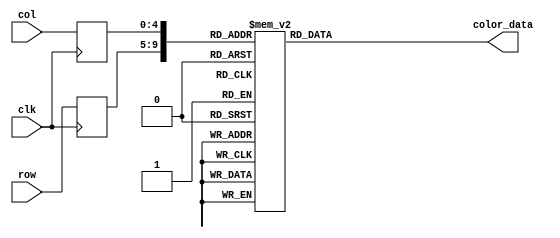
module frog_left_rom
	(
		input wire clk,
		input wire [4:0] row,
		input wire [4:0] col,
		output reg [11:0] color_data
	);

	(* rom_style = "block" *)

	//signal declaration
	reg [4:0] row_reg;
	reg [4:0] col_reg;

	always @(posedge clk)
		begin
		row_reg <= row;
		col_reg <= col;
		end

	always @*
	case ({row_reg, col_reg})
		10'b0000000000: color_data = 12'b111111111111;
		10'b0000000001: color_data = 12'b111111111111;
		10'b0000000010: color_data = 12'b111111111111;
		10'b0000000011: color_data = 12'b111111111111;
		10'b0000000100: color_data = 12'b111111111111;
		10'b0000000101: color_data = 12'b000111110000;
		10'b0000000110: color_data = 12'b000111110000;
		10'b0000000111: color_data = 12'b111111111111;
		10'b0000001000: color_data = 12'b111111111111;
		10'b0000001001: color_data = 12'b111111111111;
		10'b0000001010: color_data = 12'b111111111111;
		10'b0000001011: color_data = 12'b111111111111;
		10'b0000001100: color_data = 12'b111111111111;
		10'b0000001101: color_data = 12'b111111111111;
		10'b0000001110: color_data = 12'b111111111111;
		10'b0000001111: color_data = 12'b111111111111;
		10'b0000010000: color_data = 12'b111111111111;
		10'b0000010001: color_data = 12'b111111111111;
		10'b0000010010: color_data = 12'b111111111111;
		10'b0000010011: color_data = 12'b111111111111;
		10'b0000010100: color_data = 12'b111111111111;
		10'b0000010101: color_data = 12'b000111110000;
		10'b0000010110: color_data = 12'b000111110000;
		10'b0000010111: color_data = 12'b111111111111;
		10'b0000011000: color_data = 12'b111111111111;
		10'b0000011001: color_data = 12'b111111111111;
		10'b0000011010: color_data = 12'b111111111111;
		10'b0000011011: color_data = 12'b111111111111;

		10'b0000100000: color_data = 12'b111111111111;
		10'b0000100001: color_data = 12'b111111111111;
		10'b0000100010: color_data = 12'b111111111111;
		10'b0000100011: color_data = 12'b111111111111;
		10'b0000100100: color_data = 12'b000111110000;
		10'b0000100101: color_data = 12'b000111110000;
		10'b0000100110: color_data = 12'b000111110000;
		10'b0000100111: color_data = 12'b000111110000;
		10'b0000101000: color_data = 12'b111111111111;
		10'b0000101001: color_data = 12'b111111111111;
		10'b0000101010: color_data = 12'b111111111111;
		10'b0000101011: color_data = 12'b111111111111;
		10'b0000101100: color_data = 12'b111111111111;
		10'b0000101101: color_data = 12'b111111111111;
		10'b0000101110: color_data = 12'b111111111111;
		10'b0000101111: color_data = 12'b111111111111;
		10'b0000110000: color_data = 12'b111111111111;
		10'b0000110001: color_data = 12'b111111111111;
		10'b0000110010: color_data = 12'b111111111111;
		10'b0000110011: color_data = 12'b111111111111;
		10'b0000110100: color_data = 12'b000111110000;
		10'b0000110101: color_data = 12'b000111110000;
		10'b0000110110: color_data = 12'b000111110000;
		10'b0000110111: color_data = 12'b000111110000;
		10'b0000111000: color_data = 12'b111111111111;
		10'b0000111001: color_data = 12'b111111111111;
		10'b0000111010: color_data = 12'b111111111111;
		10'b0000111011: color_data = 12'b111111111111;

		10'b0001000000: color_data = 12'b111111111111;
		10'b0001000001: color_data = 12'b111111111111;
		10'b0001000010: color_data = 12'b111111111111;
		10'b0001000011: color_data = 12'b111111111111;
		10'b0001000100: color_data = 12'b000111110000;
		10'b0001000101: color_data = 12'b000111110000;
		10'b0001000110: color_data = 12'b000111110000;
		10'b0001000111: color_data = 12'b000111110000;
		10'b0001001000: color_data = 12'b111111111111;
		10'b0001001001: color_data = 12'b111111111111;
		10'b0001001010: color_data = 12'b111111111111;
		10'b0001001011: color_data = 12'b111111111111;
		10'b0001001100: color_data = 12'b111111111111;
		10'b0001001101: color_data = 12'b111111111111;
		10'b0001001110: color_data = 12'b111111111111;
		10'b0001001111: color_data = 12'b111111111111;
		10'b0001010000: color_data = 12'b111111111111;
		10'b0001010001: color_data = 12'b111111111111;
		10'b0001010010: color_data = 12'b111111111111;
		10'b0001010011: color_data = 12'b111111111111;
		10'b0001010100: color_data = 12'b000111110000;
		10'b0001010101: color_data = 12'b000111110000;
		10'b0001010110: color_data = 12'b000111110000;
		10'b0001010111: color_data = 12'b000111110000;
		10'b0001011000: color_data = 12'b111111111111;
		10'b0001011001: color_data = 12'b111111111111;
		10'b0001011010: color_data = 12'b111111111111;
		10'b0001011011: color_data = 12'b111111111111;

		10'b0001100000: color_data = 12'b111111111111;
		10'b0001100001: color_data = 12'b000111110000;
		10'b0001100010: color_data = 12'b000111110000;
		10'b0001100011: color_data = 12'b000111110000;
		10'b0001100100: color_data = 12'b000111110000;
		10'b0001100101: color_data = 12'b000111110000;
		10'b0001100110: color_data = 12'b000111110000;
		10'b0001100111: color_data = 12'b000111110000;
		10'b0001101000: color_data = 12'b000111110000;
		10'b0001101001: color_data = 12'b000111110000;
		10'b0001101010: color_data = 12'b000111110000;
		10'b0001101011: color_data = 12'b111111111111;
		10'b0001101100: color_data = 12'b111111111111;
		10'b0001101101: color_data = 12'b111111111111;
		10'b0001101110: color_data = 12'b111111111111;
		10'b0001101111: color_data = 12'b111111111111;
		10'b0001110000: color_data = 12'b111111111111;
		10'b0001110001: color_data = 12'b000111110000;
		10'b0001110010: color_data = 12'b000111110000;
		10'b0001110011: color_data = 12'b000111110000;
		10'b0001110100: color_data = 12'b000111110000;
		10'b0001110101: color_data = 12'b000111110000;
		10'b0001110110: color_data = 12'b000111110000;
		10'b0001110111: color_data = 12'b000111110000;
		10'b0001111000: color_data = 12'b000111110000;
		10'b0001111001: color_data = 12'b000111110000;
		10'b0001111010: color_data = 12'b000111110000;
		10'b0001111011: color_data = 12'b111111111111;

		10'b0010000000: color_data = 12'b000111110000;
		10'b0010000001: color_data = 12'b000111110000;
		10'b0010000010: color_data = 12'b000111110000;
		10'b0010000011: color_data = 12'b000111110000;
		10'b0010000100: color_data = 12'b000111110000;
		10'b0010000101: color_data = 12'b000111110000;
		10'b0010000110: color_data = 12'b000111110000;
		10'b0010000111: color_data = 12'b000111110000;
		10'b0010001000: color_data = 12'b000111110000;
		10'b0010001001: color_data = 12'b000111110000;
		10'b0010001010: color_data = 12'b000111110000;
		10'b0010001011: color_data = 12'b000111110000;
		10'b0010001100: color_data = 12'b111111111111;
		10'b0010001101: color_data = 12'b111111111111;
		10'b0010001110: color_data = 12'b111111111111;
		10'b0010001111: color_data = 12'b111111111111;
		10'b0010010000: color_data = 12'b000111110000;
		10'b0010010001: color_data = 12'b000111110000;
		10'b0010010010: color_data = 12'b000111110000;
		10'b0010010011: color_data = 12'b000111110000;
		10'b0010010100: color_data = 12'b000111110000;
		10'b0010010101: color_data = 12'b000111110000;
		10'b0010010110: color_data = 12'b000111110000;
		10'b0010010111: color_data = 12'b000111110000;
		10'b0010011000: color_data = 12'b000111110000;
		10'b0010011001: color_data = 12'b000111110000;
		10'b0010011010: color_data = 12'b000111110000;
		10'b0010011011: color_data = 12'b000111110000;

		10'b0010100000: color_data = 12'b111111111111;
		10'b0010100001: color_data = 12'b000111110000;
		10'b0010100010: color_data = 12'b000111110000;
		10'b0010100011: color_data = 12'b000111110000;
		10'b0010100100: color_data = 12'b000111110000;
		10'b0010100101: color_data = 12'b000111110000;
		10'b0010100110: color_data = 12'b000111110000;
		10'b0010100111: color_data = 12'b000111110000;
		10'b0010101000: color_data = 12'b000111110000;
		10'b0010101001: color_data = 12'b000111110000;
		10'b0010101010: color_data = 12'b000111110000;
		10'b0010101011: color_data = 12'b000111110000;
		10'b0010101100: color_data = 12'b111111111111;
		10'b0010101101: color_data = 12'b111111111111;
		10'b0010101110: color_data = 12'b111111111111;
		10'b0010101111: color_data = 12'b111111111111;
		10'b0010110000: color_data = 12'b000111110000;
		10'b0010110001: color_data = 12'b000111110000;
		10'b0010110010: color_data = 12'b000111110000;
		10'b0010110011: color_data = 12'b000111110000;
		10'b0010110100: color_data = 12'b000111110000;
		10'b0010110101: color_data = 12'b000111110000;
		10'b0010110110: color_data = 12'b000111110000;
		10'b0010110111: color_data = 12'b000111110000;
		10'b0010111000: color_data = 12'b000111110000;
		10'b0010111001: color_data = 12'b000111110000;
		10'b0010111010: color_data = 12'b000111110000;
		10'b0010111011: color_data = 12'b111111111111;

		10'b0011000000: color_data = 12'b111111111111;
		10'b0011000001: color_data = 12'b111111111111;
		10'b0011000010: color_data = 12'b111111111111;
		10'b0011000011: color_data = 12'b111111111111;
		10'b0011000100: color_data = 12'b111111111111;
		10'b0011000101: color_data = 12'b111111111111;
		10'b0011000110: color_data = 12'b111111111111;
		10'b0011000111: color_data = 12'b111111111111;
		10'b0011001000: color_data = 12'b111111111111;
		10'b0011001001: color_data = 12'b000111110000;
		10'b0011001010: color_data = 12'b000111110000;
		10'b0011001011: color_data = 12'b000111110000;
		10'b0011001100: color_data = 12'b111111111111;
		10'b0011001101: color_data = 12'b111111111111;
		10'b0011001110: color_data = 12'b111111111111;
		10'b0011001111: color_data = 12'b111111111111;
		10'b0011010000: color_data = 12'b000111110000;
		10'b0011010001: color_data = 12'b000111110000;
		10'b0011010010: color_data = 12'b000111110000;
		10'b0011010011: color_data = 12'b111111111111;
		10'b0011010100: color_data = 12'b111111111111;
		10'b0011010101: color_data = 12'b111111111111;
		10'b0011010110: color_data = 12'b111111111111;
		10'b0011010111: color_data = 12'b111111111111;
		10'b0011011000: color_data = 12'b111111111111;
		10'b0011011001: color_data = 12'b111111111111;
		10'b0011011010: color_data = 12'b111111111111;
		10'b0011011011: color_data = 12'b111111111111;

		10'b0011100000: color_data = 12'b111111111111;
		10'b0011100001: color_data = 12'b111111111111;
		10'b0011100010: color_data = 12'b111111111111;
		10'b0011100011: color_data = 12'b111111111111;
		10'b0011100100: color_data = 12'b111111111111;
		10'b0011100101: color_data = 12'b111111111111;
		10'b0011100110: color_data = 12'b111111111111;
		10'b0011100111: color_data = 12'b111111111111;
		10'b0011101000: color_data = 12'b111111111111;
		10'b0011101001: color_data = 12'b000111110000;
		10'b0011101010: color_data = 12'b000111110000;
		10'b0011101011: color_data = 12'b000111110000;
		10'b0011101100: color_data = 12'b111111111111;
		10'b0011101101: color_data = 12'b111111111111;
		10'b0011101110: color_data = 12'b111111111111;
		10'b0011101111: color_data = 12'b111111111111;
		10'b0011110000: color_data = 12'b000111110000;
		10'b0011110001: color_data = 12'b000111110000;
		10'b0011110010: color_data = 12'b000111110000;
		10'b0011110011: color_data = 12'b111111111111;
		10'b0011110100: color_data = 12'b111111111111;
		10'b0011110101: color_data = 12'b111111111111;
		10'b0011110110: color_data = 12'b111111111111;
		10'b0011110111: color_data = 12'b111111111111;
		10'b0011111000: color_data = 12'b111111111111;
		10'b0011111001: color_data = 12'b111111111111;
		10'b0011111010: color_data = 12'b111111111111;
		10'b0011111011: color_data = 12'b111111111111;

		10'b0100000000: color_data = 12'b111111111111;
		10'b0100000001: color_data = 12'b111111111111;
		10'b0100000010: color_data = 12'b111111111111;
		10'b0100000011: color_data = 12'b111000001101;
		10'b0100000100: color_data = 12'b111000001101;
		10'b0100000101: color_data = 12'b000111110000;
		10'b0100000110: color_data = 12'b000111110000;
		10'b0100000111: color_data = 12'b111111110000;
		10'b0100001000: color_data = 12'b111111110000;
		10'b0100001001: color_data = 12'b111111110000;
		10'b0100001010: color_data = 12'b111111110000;
		10'b0100001011: color_data = 12'b111111110000;
		10'b0100001100: color_data = 12'b111111110000;
		10'b0100001101: color_data = 12'b111111110000;
		10'b0100001110: color_data = 12'b111111110000;
		10'b0100001111: color_data = 12'b111111110000;
		10'b0100010000: color_data = 12'b111111110000;
		10'b0100010001: color_data = 12'b111111110000;
		10'b0100010010: color_data = 12'b111111110000;
		10'b0100010011: color_data = 12'b111111110000;
		10'b0100010100: color_data = 12'b000111110000;
		10'b0100010101: color_data = 12'b111111111111;
		10'b0100010110: color_data = 12'b111111111111;
		10'b0100010111: color_data = 12'b111111111111;
		10'b0100011000: color_data = 12'b111111111111;
		10'b0100011001: color_data = 12'b111111111111;
		10'b0100011010: color_data = 12'b111111111111;
		10'b0100011011: color_data = 12'b111111111111;

		10'b0100100000: color_data = 12'b111111111111;
		10'b0100100001: color_data = 12'b111111111111;
		10'b0100100010: color_data = 12'b111000001101;
		10'b0100100011: color_data = 12'b111000001101;
		10'b0100100100: color_data = 12'b111000001101;
		10'b0100100101: color_data = 12'b000111110000;
		10'b0100100110: color_data = 12'b000111110000;
		10'b0100100111: color_data = 12'b111111110000;
		10'b0100101000: color_data = 12'b111111110000;
		10'b0100101001: color_data = 12'b000111110000;
		10'b0100101010: color_data = 12'b111111110000;
		10'b0100101011: color_data = 12'b111111110000;
		10'b0100101100: color_data = 12'b111111110000;
		10'b0100101101: color_data = 12'b111111110000;
		10'b0100101110: color_data = 12'b111111110000;
		10'b0100101111: color_data = 12'b111111110000;
		10'b0100110000: color_data = 12'b000111110000;
		10'b0100110001: color_data = 12'b111111110000;
		10'b0100110010: color_data = 12'b111111110000;
		10'b0100110011: color_data = 12'b111111110000;
		10'b0100110100: color_data = 12'b000111110000;
		10'b0100110101: color_data = 12'b000111110000;
		10'b0100110110: color_data = 12'b111111111111;
		10'b0100110111: color_data = 12'b111111111111;
		10'b0100111000: color_data = 12'b111111111111;
		10'b0100111001: color_data = 12'b111111111111;
		10'b0100111010: color_data = 12'b111111111111;
		10'b0100111011: color_data = 12'b111111111111;

		10'b0101000000: color_data = 12'b111111111111;
		10'b0101000001: color_data = 12'b111111111111;
		10'b0101000010: color_data = 12'b111000001101;
		10'b0101000011: color_data = 12'b111000001101;
		10'b0101000100: color_data = 12'b111000001101;
		10'b0101000101: color_data = 12'b000111110000;
		10'b0101000110: color_data = 12'b000111110000;
		10'b0101000111: color_data = 12'b111111110000;
		10'b0101001000: color_data = 12'b111111110000;
		10'b0101001001: color_data = 12'b000111110000;
		10'b0101001010: color_data = 12'b000111110000;
		10'b0101001011: color_data = 12'b111111110000;
		10'b0101001100: color_data = 12'b111111110000;
		10'b0101001101: color_data = 12'b111111110000;
		10'b0101001110: color_data = 12'b111111110000;
		10'b0101001111: color_data = 12'b000111110000;
		10'b0101010000: color_data = 12'b000111110000;
		10'b0101010001: color_data = 12'b111111110000;
		10'b0101010010: color_data = 12'b111111110000;
		10'b0101010011: color_data = 12'b111111110000;
		10'b0101010100: color_data = 12'b111111110000;
		10'b0101010101: color_data = 12'b000111110000;
		10'b0101010110: color_data = 12'b000111110000;
		10'b0101010111: color_data = 12'b111111111111;
		10'b0101011000: color_data = 12'b111111111111;
		10'b0101011001: color_data = 12'b111111111111;
		10'b0101011010: color_data = 12'b111111111111;
		10'b0101011011: color_data = 12'b111111111111;

		10'b0101100000: color_data = 12'b111111111111;
		10'b0101100001: color_data = 12'b111111110000;
		10'b0101100010: color_data = 12'b000111110000;
		10'b0101100011: color_data = 12'b000111110000;
		10'b0101100100: color_data = 12'b000111110000;
		10'b0101100101: color_data = 12'b000111110000;
		10'b0101100110: color_data = 12'b000111110000;
		10'b0101100111: color_data = 12'b111111110000;
		10'b0101101000: color_data = 12'b111111110000;
		10'b0101101001: color_data = 12'b111111110000;
		10'b0101101010: color_data = 12'b000111110000;
		10'b0101101011: color_data = 12'b000111110000;
		10'b0101101100: color_data = 12'b111111110000;
		10'b0101101101: color_data = 12'b111111110000;
		10'b0101101110: color_data = 12'b000111110000;
		10'b0101101111: color_data = 12'b111111110000;
		10'b0101110000: color_data = 12'b111111110000;
		10'b0101110001: color_data = 12'b111111110000;
		10'b0101110010: color_data = 12'b111111110000;
		10'b0101110011: color_data = 12'b111111110000;
		10'b0101110100: color_data = 12'b111111110000;
		10'b0101110101: color_data = 12'b111111110000;
		10'b0101110110: color_data = 12'b000111110000;
		10'b0101110111: color_data = 12'b000111110000;
		10'b0101111000: color_data = 12'b111111111111;
		10'b0101111001: color_data = 12'b111111111111;
		10'b0101111010: color_data = 12'b111111111111;
		10'b0101111011: color_data = 12'b111111111111;

		10'b0110000000: color_data = 12'b111111110000;
		10'b0110000001: color_data = 12'b111111110000;
		10'b0110000010: color_data = 12'b000111110000;
		10'b0110000011: color_data = 12'b000111110000;
		10'b0110000100: color_data = 12'b000111110000;
		10'b0110000101: color_data = 12'b000111110000;
		10'b0110000110: color_data = 12'b111111110000;
		10'b0110000111: color_data = 12'b111111110000;
		10'b0110001000: color_data = 12'b111111110000;
		10'b0110001001: color_data = 12'b111111110000;
		10'b0110001010: color_data = 12'b111111110000;
		10'b0110001011: color_data = 12'b000111110000;
		10'b0110001100: color_data = 12'b111111110000;
		10'b0110001101: color_data = 12'b111111110000;
		10'b0110001110: color_data = 12'b111111110000;
		10'b0110001111: color_data = 12'b111111110000;
		10'b0110010000: color_data = 12'b111111110000;
		10'b0110010001: color_data = 12'b111111110000;
		10'b0110010010: color_data = 12'b111111110000;
		10'b0110010011: color_data = 12'b111111110000;
		10'b0110010100: color_data = 12'b111111110000;
		10'b0110010101: color_data = 12'b111111110000;
		10'b0110010110: color_data = 12'b111111110000;
		10'b0110010111: color_data = 12'b111111110000;
		10'b0110011000: color_data = 12'b111111111111;
		10'b0110011001: color_data = 12'b111111111111;
		10'b0110011010: color_data = 12'b111111111111;
		10'b0110011011: color_data = 12'b111111111111;

		10'b0110100000: color_data = 12'b000111110000;
		10'b0110100001: color_data = 12'b111111110000;
		10'b0110100010: color_data = 12'b111111110000;
		10'b0110100011: color_data = 12'b111111110000;
		10'b0110100100: color_data = 12'b111111110000;
		10'b0110100101: color_data = 12'b111111110000;
		10'b0110100110: color_data = 12'b111111110000;
		10'b0110100111: color_data = 12'b111111110000;
		10'b0110101000: color_data = 12'b111111110000;
		10'b0110101001: color_data = 12'b111111110000;
		10'b0110101010: color_data = 12'b111111110000;
		10'b0110101011: color_data = 12'b111111110000;
		10'b0110101100: color_data = 12'b111111110000;
		10'b0110101101: color_data = 12'b111111110000;
		10'b0110101110: color_data = 12'b111111110000;
		10'b0110101111: color_data = 12'b111111110000;
		10'b0110110000: color_data = 12'b000111110000;
		10'b0110110001: color_data = 12'b000111110000;
		10'b0110110010: color_data = 12'b111111110000;
		10'b0110110011: color_data = 12'b111111110000;
		10'b0110110100: color_data = 12'b111111110000;
		10'b0110110101: color_data = 12'b111111110000;
		10'b0110110110: color_data = 12'b111111110000;
		10'b0110110111: color_data = 12'b111111110000;
		10'b0110111000: color_data = 12'b111111111111;
		10'b0110111001: color_data = 12'b111111111111;
		10'b0110111010: color_data = 12'b111111111111;
		10'b0110111011: color_data = 12'b111111111111;

		10'b0111000000: color_data = 12'b000111110000;
		10'b0111000001: color_data = 12'b111111110000;
		10'b0111000010: color_data = 12'b111111110000;
		10'b0111000011: color_data = 12'b111111110000;
		10'b0111000100: color_data = 12'b111111110000;
		10'b0111000101: color_data = 12'b111111110000;
		10'b0111000110: color_data = 12'b111111110000;
		10'b0111000111: color_data = 12'b111111110000;
		10'b0111001000: color_data = 12'b111111110000;
		10'b0111001001: color_data = 12'b111111110000;
		10'b0111001010: color_data = 12'b111111110000;
		10'b0111001011: color_data = 12'b111111110000;
		10'b0111001100: color_data = 12'b111111110000;
		10'b0111001101: color_data = 12'b111111110000;
		10'b0111001110: color_data = 12'b111111110000;
		10'b0111001111: color_data = 12'b000111110000;
		10'b0111010000: color_data = 12'b000111110000;
		10'b0111010001: color_data = 12'b000111110000;
		10'b0111010010: color_data = 12'b000111110000;
		10'b0111010011: color_data = 12'b111111110000;
		10'b0111010100: color_data = 12'b111111110000;
		10'b0111010101: color_data = 12'b111111110000;
		10'b0111010110: color_data = 12'b111111110000;
		10'b0111010111: color_data = 12'b111111110000;
		10'b0111011000: color_data = 12'b111111111111;
		10'b0111011001: color_data = 12'b111111111111;
		10'b0111011010: color_data = 12'b111111111111;
		10'b0111011011: color_data = 12'b111111111111;

		10'b0111100000: color_data = 12'b111111110000;
		10'b0111100001: color_data = 12'b111111110000;
		10'b0111100010: color_data = 12'b000111110000;
		10'b0111100011: color_data = 12'b000111110000;
		10'b0111100100: color_data = 12'b000111110000;
		10'b0111100101: color_data = 12'b000111110000;
		10'b0111100110: color_data = 12'b111111110000;
		10'b0111100111: color_data = 12'b111111110000;
		10'b0111101000: color_data = 12'b000111110000;
		10'b0111101001: color_data = 12'b111111110000;
		10'b0111101010: color_data = 12'b111111110000;
		10'b0111101011: color_data = 12'b111111110000;
		10'b0111101100: color_data = 12'b000111110000;
		10'b0111101101: color_data = 12'b000111110000;
		10'b0111101110: color_data = 12'b000111110000;
		10'b0111101111: color_data = 12'b000111110000;
		10'b0111110000: color_data = 12'b111111110000;
		10'b0111110001: color_data = 12'b111111110000;
		10'b0111110010: color_data = 12'b000111110000;
		10'b0111110011: color_data = 12'b000111110000;
		10'b0111110100: color_data = 12'b111111110000;
		10'b0111110101: color_data = 12'b111111110000;
		10'b0111110110: color_data = 12'b111111110000;
		10'b0111110111: color_data = 12'b111111110000;
		10'b0111111000: color_data = 12'b111111111111;
		10'b0111111001: color_data = 12'b111111111111;
		10'b0111111010: color_data = 12'b111111111111;
		10'b0111111011: color_data = 12'b111111111111;

		10'b1000000000: color_data = 12'b111111110000;
		10'b1000000001: color_data = 12'b111111110000;
		10'b1000000010: color_data = 12'b000111110000;
		10'b1000000011: color_data = 12'b000111110000;
		10'b1000000100: color_data = 12'b000111110000;
		10'b1000000101: color_data = 12'b000111110000;
		10'b1000000110: color_data = 12'b000111110000;
		10'b1000000111: color_data = 12'b111111110000;
		10'b1000001000: color_data = 12'b111111110000;
		10'b1000001001: color_data = 12'b000111110000;
		10'b1000001010: color_data = 12'b111111110000;
		10'b1000001011: color_data = 12'b111111110000;
		10'b1000001100: color_data = 12'b000111110000;
		10'b1000001101: color_data = 12'b000111110000;
		10'b1000001110: color_data = 12'b000111110000;
		10'b1000001111: color_data = 12'b000111110000;
		10'b1000010000: color_data = 12'b111111110000;
		10'b1000010001: color_data = 12'b111111110000;
		10'b1000010010: color_data = 12'b000111110000;
		10'b1000010011: color_data = 12'b000111110000;
		10'b1000010100: color_data = 12'b111111110000;
		10'b1000010101: color_data = 12'b111111110000;
		10'b1000010110: color_data = 12'b000111110000;
		10'b1000010111: color_data = 12'b000111110000;
		10'b1000011000: color_data = 12'b111111111111;
		10'b1000011001: color_data = 12'b111111111111;
		10'b1000011010: color_data = 12'b111111111111;
		10'b1000011011: color_data = 12'b111111111111;

		10'b1000100000: color_data = 12'b111111111111;
		10'b1000100001: color_data = 12'b111111111111;
		10'b1000100010: color_data = 12'b111000001101;
		10'b1000100011: color_data = 12'b111000001101;
		10'b1000100100: color_data = 12'b111000001101;
		10'b1000100101: color_data = 12'b000111110000;
		10'b1000100110: color_data = 12'b000111110000;
		10'b1000100111: color_data = 12'b111111110000;
		10'b1000101000: color_data = 12'b111111110000;
		10'b1000101001: color_data = 12'b000111110000;
		10'b1000101010: color_data = 12'b111111110000;
		10'b1000101011: color_data = 12'b111111110000;
		10'b1000101100: color_data = 12'b111111110000;
		10'b1000101101: color_data = 12'b111111110000;
		10'b1000101110: color_data = 12'b111111110000;
		10'b1000101111: color_data = 12'b000111110000;
		10'b1000110000: color_data = 12'b000111110000;
		10'b1000110001: color_data = 12'b000111110000;
		10'b1000110010: color_data = 12'b000111110000;
		10'b1000110011: color_data = 12'b111111110000;
		10'b1000110100: color_data = 12'b111111110000;
		10'b1000110101: color_data = 12'b000111110000;
		10'b1000110110: color_data = 12'b000111110000;
		10'b1000110111: color_data = 12'b111111111111;
		10'b1000111000: color_data = 12'b111111111111;
		10'b1000111001: color_data = 12'b111111111111;
		10'b1000111010: color_data = 12'b111111111111;
		10'b1000111011: color_data = 12'b111111111111;

		10'b1001000000: color_data = 12'b111111111111;
		10'b1001000001: color_data = 12'b111111111111;
		10'b1001000010: color_data = 12'b111000001101;
		10'b1001000011: color_data = 12'b111000001101;
		10'b1001000100: color_data = 12'b111000001101;
		10'b1001000101: color_data = 12'b000111110000;
		10'b1001000110: color_data = 12'b000111110000;
		10'b1001000111: color_data = 12'b111111110000;
		10'b1001001000: color_data = 12'b111111110000;
		10'b1001001001: color_data = 12'b111111110000;
		10'b1001001010: color_data = 12'b000111110000;
		10'b1001001011: color_data = 12'b111111110000;
		10'b1001001100: color_data = 12'b111111110000;
		10'b1001001101: color_data = 12'b111111110000;
		10'b1001001110: color_data = 12'b111111110000;
		10'b1001001111: color_data = 12'b111111110000;
		10'b1001010000: color_data = 12'b000111110000;
		10'b1001010001: color_data = 12'b000111110000;
		10'b1001010010: color_data = 12'b111111110000;
		10'b1001010011: color_data = 12'b111111110000;
		10'b1001010100: color_data = 12'b000111110000;
		10'b1001010101: color_data = 12'b000111110000;
		10'b1001010110: color_data = 12'b111111111111;
		10'b1001010111: color_data = 12'b111111111111;
		10'b1001011000: color_data = 12'b111111111111;
		10'b1001011001: color_data = 12'b111111111111;
		10'b1001011010: color_data = 12'b111111111111;
		10'b1001011011: color_data = 12'b111111111111;

		10'b1001100000: color_data = 12'b111111111111;
		10'b1001100001: color_data = 12'b111111111111;
		10'b1001100010: color_data = 12'b111111111111;
		10'b1001100011: color_data = 12'b111000001101;
		10'b1001100100: color_data = 12'b111000001101;
		10'b1001100101: color_data = 12'b000111110000;
		10'b1001100110: color_data = 12'b000111110000;
		10'b1001100111: color_data = 12'b111111110000;
		10'b1001101000: color_data = 12'b111111110000;
		10'b1001101001: color_data = 12'b111111110000;
		10'b1001101010: color_data = 12'b111111110000;
		10'b1001101011: color_data = 12'b111111110000;
		10'b1001101100: color_data = 12'b111111110000;
		10'b1001101101: color_data = 12'b111111110000;
		10'b1001101110: color_data = 12'b111111110000;
		10'b1001101111: color_data = 12'b111111110000;
		10'b1001110000: color_data = 12'b111111110000;
		10'b1001110001: color_data = 12'b111111110000;
		10'b1001110010: color_data = 12'b111111110000;
		10'b1001110011: color_data = 12'b000111110000;
		10'b1001110100: color_data = 12'b000111110000;
		10'b1001110101: color_data = 12'b111111111111;
		10'b1001110110: color_data = 12'b111111111111;
		10'b1001110111: color_data = 12'b111111111111;
		10'b1001111000: color_data = 12'b111111111111;
		10'b1001111001: color_data = 12'b111111111111;
		10'b1001111010: color_data = 12'b111111111111;
		10'b1001111011: color_data = 12'b111111111111;

		10'b1010000000: color_data = 12'b111111111111;
		10'b1010000001: color_data = 12'b111111111111;
		10'b1010000010: color_data = 12'b111111111111;
		10'b1010000011: color_data = 12'b111111111111;
		10'b1010000100: color_data = 12'b111111111111;
		10'b1010000101: color_data = 12'b111111111111;
		10'b1010000110: color_data = 12'b111111111111;
		10'b1010000111: color_data = 12'b111111111111;
		10'b1010001000: color_data = 12'b111111111111;
		10'b1010001001: color_data = 12'b000111110000;
		10'b1010001010: color_data = 12'b000111110000;
		10'b1010001011: color_data = 12'b000111110000;
		10'b1010001100: color_data = 12'b111111111111;
		10'b1010001101: color_data = 12'b111111111111;
		10'b1010001110: color_data = 12'b111111111111;
		10'b1010001111: color_data = 12'b111111111111;
		10'b1010010000: color_data = 12'b000111110000;
		10'b1010010001: color_data = 12'b000111110000;
		10'b1010010010: color_data = 12'b000111110000;
		10'b1010010011: color_data = 12'b111111111111;
		10'b1010010100: color_data = 12'b111111111111;
		10'b1010010101: color_data = 12'b111111111111;
		10'b1010010110: color_data = 12'b111111111111;
		10'b1010010111: color_data = 12'b111111111111;
		10'b1010011000: color_data = 12'b111111111111;
		10'b1010011001: color_data = 12'b111111111111;
		10'b1010011010: color_data = 12'b111111111111;
		10'b1010011011: color_data = 12'b111111111111;

		10'b1010100000: color_data = 12'b111111111111;
		10'b1010100001: color_data = 12'b111111111111;
		10'b1010100010: color_data = 12'b111111111111;
		10'b1010100011: color_data = 12'b111111111111;
		10'b1010100100: color_data = 12'b111111111111;
		10'b1010100101: color_data = 12'b111111111111;
		10'b1010100110: color_data = 12'b111111111111;
		10'b1010100111: color_data = 12'b111111111111;
		10'b1010101000: color_data = 12'b111111111111;
		10'b1010101001: color_data = 12'b000111110000;
		10'b1010101010: color_data = 12'b000111110000;
		10'b1010101011: color_data = 12'b000111110000;
		10'b1010101100: color_data = 12'b111111111111;
		10'b1010101101: color_data = 12'b111111111111;
		10'b1010101110: color_data = 12'b111111111111;
		10'b1010101111: color_data = 12'b111111111111;
		10'b1010110000: color_data = 12'b000111110000;
		10'b1010110001: color_data = 12'b000111110000;
		10'b1010110010: color_data = 12'b000111110000;
		10'b1010110011: color_data = 12'b111111111111;
		10'b1010110100: color_data = 12'b111111111111;
		10'b1010110101: color_data = 12'b111111111111;
		10'b1010110110: color_data = 12'b111111111111;
		10'b1010110111: color_data = 12'b111111111111;
		10'b1010111000: color_data = 12'b111111111111;
		10'b1010111001: color_data = 12'b111111111111;
		10'b1010111010: color_data = 12'b111111111111;
		10'b1010111011: color_data = 12'b111111111111;

		10'b1011000000: color_data = 12'b111111111111;
		10'b1011000001: color_data = 12'b000111110000;
		10'b1011000010: color_data = 12'b000111110000;
		10'b1011000011: color_data = 12'b000111110000;
		10'b1011000100: color_data = 12'b000111110000;
		10'b1011000101: color_data = 12'b000111110000;
		10'b1011000110: color_data = 12'b000111110000;
		10'b1011000111: color_data = 12'b000111110000;
		10'b1011001000: color_data = 12'b000111110000;
		10'b1011001001: color_data = 12'b000111110000;
		10'b1011001010: color_data = 12'b000111110000;
		10'b1011001011: color_data = 12'b000111110000;
		10'b1011001100: color_data = 12'b111111111111;
		10'b1011001101: color_data = 12'b111111111111;
		10'b1011001110: color_data = 12'b111111111111;
		10'b1011001111: color_data = 12'b111111111111;
		10'b1011010000: color_data = 12'b000111110000;
		10'b1011010001: color_data = 12'b000111110000;
		10'b1011010010: color_data = 12'b000111110000;
		10'b1011010011: color_data = 12'b000111110000;
		10'b1011010100: color_data = 12'b000111110000;
		10'b1011010101: color_data = 12'b000111110000;
		10'b1011010110: color_data = 12'b000111110000;
		10'b1011010111: color_data = 12'b000111110000;
		10'b1011011000: color_data = 12'b000111110000;
		10'b1011011001: color_data = 12'b000111110000;
		10'b1011011010: color_data = 12'b000111110000;
		10'b1011011011: color_data = 12'b111111111111;

		10'b1011100000: color_data = 12'b000111110000;
		10'b1011100001: color_data = 12'b000111110000;
		10'b1011100010: color_data = 12'b000111110000;
		10'b1011100011: color_data = 12'b000111110000;
		10'b1011100100: color_data = 12'b000111110000;
		10'b1011100101: color_data = 12'b000111110000;
		10'b1011100110: color_data = 12'b000111110000;
		10'b1011100111: color_data = 12'b000111110000;
		10'b1011101000: color_data = 12'b000111110000;
		10'b1011101001: color_data = 12'b000111110000;
		10'b1011101010: color_data = 12'b000111110000;
		10'b1011101011: color_data = 12'b000111110000;
		10'b1011101100: color_data = 12'b111111111111;
		10'b1011101101: color_data = 12'b111111111111;
		10'b1011101110: color_data = 12'b111111111111;
		10'b1011101111: color_data = 12'b111111111111;
		10'b1011110000: color_data = 12'b000111110000;
		10'b1011110001: color_data = 12'b000111110000;
		10'b1011110010: color_data = 12'b000111110000;
		10'b1011110011: color_data = 12'b000111110000;
		10'b1011110100: color_data = 12'b000111110000;
		10'b1011110101: color_data = 12'b000111110000;
		10'b1011110110: color_data = 12'b000111110000;
		10'b1011110111: color_data = 12'b000111110000;
		10'b1011111000: color_data = 12'b000111110000;
		10'b1011111001: color_data = 12'b000111110000;
		10'b1011111010: color_data = 12'b000111110000;
		10'b1011111011: color_data = 12'b000111110000;

		10'b1100000000: color_data = 12'b111111111111;
		10'b1100000001: color_data = 12'b000111110000;
		10'b1100000010: color_data = 12'b000111110000;
		10'b1100000011: color_data = 12'b000111110000;
		10'b1100000100: color_data = 12'b000111110000;
		10'b1100000101: color_data = 12'b000111110000;
		10'b1100000110: color_data = 12'b000111110000;
		10'b1100000111: color_data = 12'b000111110000;
		10'b1100001000: color_data = 12'b000111110000;
		10'b1100001001: color_data = 12'b000111110000;
		10'b1100001010: color_data = 12'b000111110000;
		10'b1100001011: color_data = 12'b111111111111;
		10'b1100001100: color_data = 12'b111111111111;
		10'b1100001101: color_data = 12'b111111111111;
		10'b1100001110: color_data = 12'b111111111111;
		10'b1100001111: color_data = 12'b111111111111;
		10'b1100010000: color_data = 12'b111111111111;
		10'b1100010001: color_data = 12'b000111110000;
		10'b1100010010: color_data = 12'b000111110000;
		10'b1100010011: color_data = 12'b000111110000;
		10'b1100010100: color_data = 12'b000111110000;
		10'b1100010101: color_data = 12'b000111110000;
		10'b1100010110: color_data = 12'b000111110000;
		10'b1100010111: color_data = 12'b000111110000;
		10'b1100011000: color_data = 12'b000111110000;
		10'b1100011001: color_data = 12'b000111110000;
		10'b1100011010: color_data = 12'b000111110000;
		10'b1100011011: color_data = 12'b111111111111;

		10'b1100100000: color_data = 12'b111111111111;
		10'b1100100001: color_data = 12'b111111111111;
		10'b1100100010: color_data = 12'b111111111111;
		10'b1100100011: color_data = 12'b111111111111;
		10'b1100100100: color_data = 12'b000111110000;
		10'b1100100101: color_data = 12'b000111110000;
		10'b1100100110: color_data = 12'b000111110000;
		10'b1100100111: color_data = 12'b000111110000;
		10'b1100101000: color_data = 12'b111111111111;
		10'b1100101001: color_data = 12'b111111111111;
		10'b1100101010: color_data = 12'b111111111111;
		10'b1100101011: color_data = 12'b111111111111;
		10'b1100101100: color_data = 12'b111111111111;
		10'b1100101101: color_data = 12'b111111111111;
		10'b1100101110: color_data = 12'b111111111111;
		10'b1100101111: color_data = 12'b111111111111;
		10'b1100110000: color_data = 12'b111111111111;
		10'b1100110001: color_data = 12'b111111111111;
		10'b1100110010: color_data = 12'b111111111111;
		10'b1100110011: color_data = 12'b111111111111;
		10'b1100110100: color_data = 12'b000111110000;
		10'b1100110101: color_data = 12'b000111110000;
		10'b1100110110: color_data = 12'b000111110000;
		10'b1100110111: color_data = 12'b000111110000;
		10'b1100111000: color_data = 12'b111111111111;
		10'b1100111001: color_data = 12'b111111111111;
		10'b1100111010: color_data = 12'b111111111111;
		10'b1100111011: color_data = 12'b111111111111;

		10'b1101000000: color_data = 12'b111111111111;
		10'b1101000001: color_data = 12'b111111111111;
		10'b1101000010: color_data = 12'b111111111111;
		10'b1101000011: color_data = 12'b111111111111;
		10'b1101000100: color_data = 12'b000111110000;
		10'b1101000101: color_data = 12'b000111110000;
		10'b1101000110: color_data = 12'b000111110000;
		10'b1101000111: color_data = 12'b000111110000;
		10'b1101001000: color_data = 12'b111111111111;
		10'b1101001001: color_data = 12'b111111111111;
		10'b1101001010: color_data = 12'b111111111111;
		10'b1101001011: color_data = 12'b111111111111;
		10'b1101001100: color_data = 12'b111111111111;
		10'b1101001101: color_data = 12'b111111111111;
		10'b1101001110: color_data = 12'b111111111111;
		10'b1101001111: color_data = 12'b111111111111;
		10'b1101010000: color_data = 12'b111111111111;
		10'b1101010001: color_data = 12'b111111111111;
		10'b1101010010: color_data = 12'b111111111111;
		10'b1101010011: color_data = 12'b111111111111;
		10'b1101010100: color_data = 12'b000111110000;
		10'b1101010101: color_data = 12'b000111110000;
		10'b1101010110: color_data = 12'b000111110000;
		10'b1101010111: color_data = 12'b000111110000;
		10'b1101011000: color_data = 12'b111111111111;
		10'b1101011001: color_data = 12'b111111111111;
		10'b1101011010: color_data = 12'b111111111111;
		10'b1101011011: color_data = 12'b111111111111;

		10'b1101100000: color_data = 12'b111111111111;
		10'b1101100001: color_data = 12'b111111111111;
		10'b1101100010: color_data = 12'b111111111111;
		10'b1101100011: color_data = 12'b111111111111;
		10'b1101100100: color_data = 12'b111111111111;
		10'b1101100101: color_data = 12'b000111110000;
		10'b1101100110: color_data = 12'b000111110000;
		10'b1101100111: color_data = 12'b111111111111;
		10'b1101101000: color_data = 12'b111111111111;
		10'b1101101001: color_data = 12'b111111111111;
		10'b1101101010: color_data = 12'b111111111111;
		10'b1101101011: color_data = 12'b111111111111;
		10'b1101101100: color_data = 12'b111111111111;
		10'b1101101101: color_data = 12'b111111111111;
		10'b1101101110: color_data = 12'b111111111111;
		10'b1101101111: color_data = 12'b111111111111;
		10'b1101110000: color_data = 12'b111111111111;
		10'b1101110001: color_data = 12'b111111111111;
		10'b1101110010: color_data = 12'b111111111111;
		10'b1101110011: color_data = 12'b111111111111;
		10'b1101110100: color_data = 12'b111111111111;
		10'b1101110101: color_data = 12'b000111110000;
		10'b1101110110: color_data = 12'b000111110000;
		10'b1101110111: color_data = 12'b111111111111;
		10'b1101111000: color_data = 12'b111111111111;
		10'b1101111001: color_data = 12'b111111111111;
		10'b1101111010: color_data = 12'b111111111111;
		10'b1101111011: color_data = 12'b111111111111;

		default: color_data = 12'b000000000000;
	endcase
endmodule